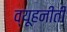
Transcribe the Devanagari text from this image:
व्यूहनीती